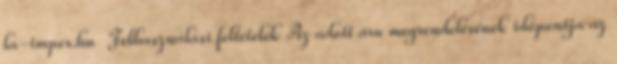
la-impex.hu Felhasználási feltételek Az adott áru megrendelésének időpontja az